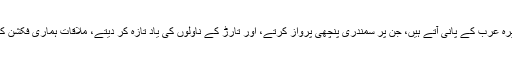
قصّہ کچھ یوں ہے کہ گذشتہ دنوں، ساحل پر واقع ایک سرائے میں، جہاں بحیرہ عرب کے پانی آتے ہیں، جن پر سمندری پنچھی پرواز کرتے، اور تارڑ کے ناولوں کی یاد تازہ کر دیتے، ملاقات ہماری فکشن کے ایک فسوں گر سے ہوئی، جنھیں دنیا انتظار حسین کے نام سے جانتی ہے۔